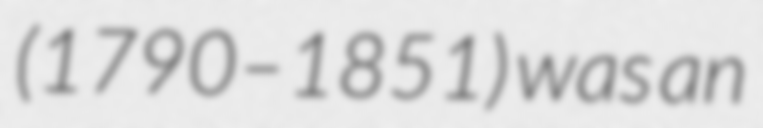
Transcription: (1790–1851) was an